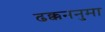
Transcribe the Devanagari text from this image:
ढक्कननुमा